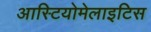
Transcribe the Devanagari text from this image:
आस्टियोमेलाइटिस